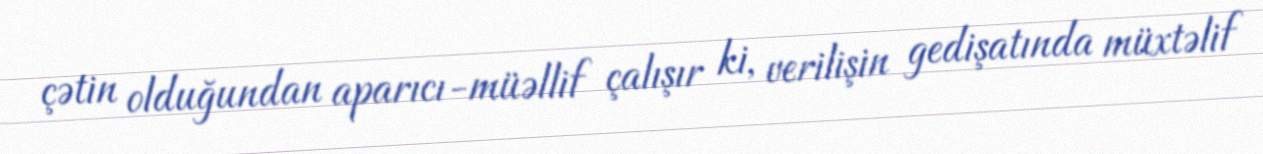
çətin olduğundan aparıcı-müəllif çalışır ki, verilişin gedişatında müxtəlif